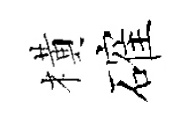
橫確